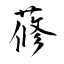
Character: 蓚